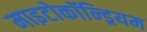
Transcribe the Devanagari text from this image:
माइटोकॉन्ड्रियम